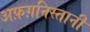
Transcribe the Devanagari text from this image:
अफ़ग़निस्तानी